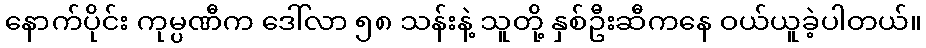
နောက်ပိုင်း ကုမ္ပဏီက ဒေါ်လာ ၅၈ သန်းနဲ့ သူတို့ နှစ်ဦးဆီကနေ ဝယ်ယူခဲ့ပါတယ်။